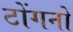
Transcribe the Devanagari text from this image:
टोंगनों